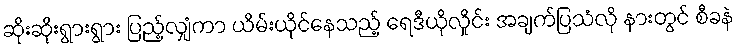
ဆိုးဆိုးရွားရွား ပြည့်လျှံကာ ယိမ်းယိုင်နေသည့် ရေဒီယိုလှိုင်း အချက်ပြသံလို နားတွင် စီခနဲ